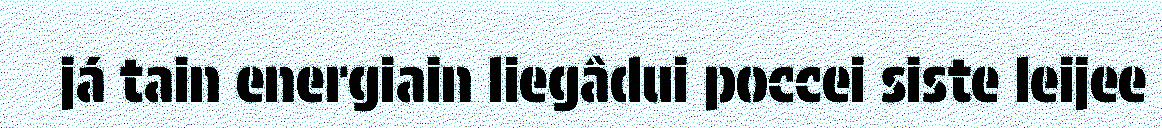
já tain energiain liegâdui poccei siste leijee